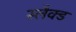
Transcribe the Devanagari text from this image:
स्लैक्ड